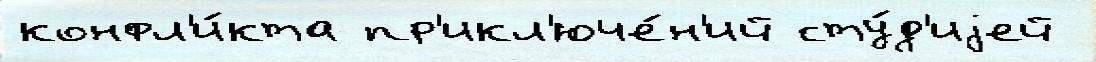
конфл'и́кта пр'икл'юче́н'ий сту́д'иjей